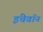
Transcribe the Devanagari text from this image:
इंचेवॉन